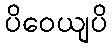
ပိဝေယျပိ